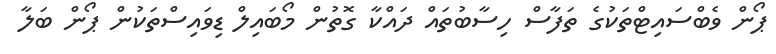
ޕޯން ވެބްސައިޓްތަކުގެ ތަފާސް ހިސާބުތައް ދައްކާ ގޮތުން މޯބައިލް ޑިވައިސްތަކުން ޕޯން ބަލާ